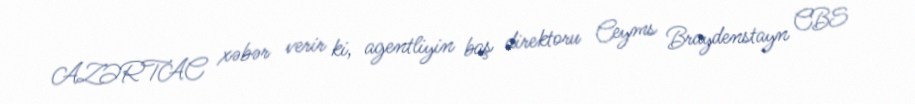
AZƏRTAC xəbər verir ki, agentliyin baş direktoru Ceyms Braydenstayn CBS